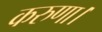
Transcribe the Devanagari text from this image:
करुणा।